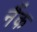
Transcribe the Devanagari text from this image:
नैंक